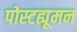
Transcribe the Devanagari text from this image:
पोस्टह्यूमन